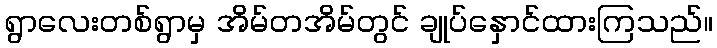
ရွာလေးတစ်ရွာမှ အိမ်တအိမ်တွင် ချုပ်နှောင်ထားကြသည်။